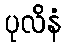
ပုလိနံ